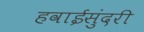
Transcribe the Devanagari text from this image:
हवाईसुंदरी